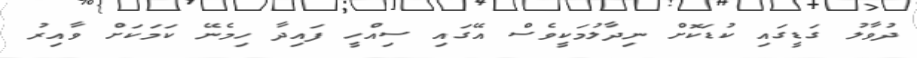
ދުވާލު ގަޑީގައި ކުޑަކޮށް ނިދާލުމަކީވެސް އޭގައި ސިއްހީ ފައިދާ ހިމެނޭ ކަމަކަށް ވާއިރު